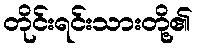
တိုင်းရင်းသားတို့၏